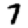
Digit: 7